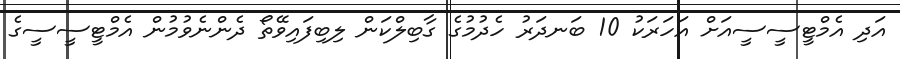
އަދި އެމްޓީސީސީއަށް އަހަރަކު 10 ބަނދަރު ހެދުމުގެ ގާބިލްކަން ލިބިފައިވޭތޯ ދެންނެވުމުން އެމްޓީސީސީގެ